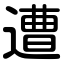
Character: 遭